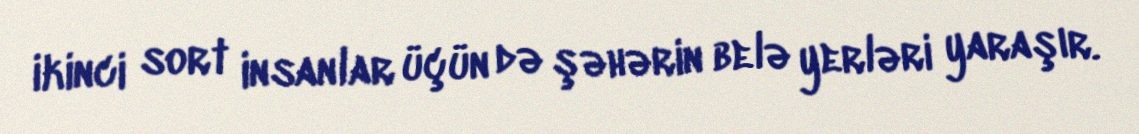
ikinci sort insanlar üçün də şəhərin belə yerləri yaraşır.